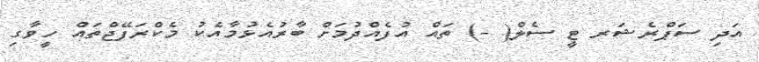
އަދި ސަޕްރެޝަރ ޓީ ސެލް( -) ތައް އުފެއްދުމަށް ބާރުއެޅުމާއެކު މެކްރަފޭޖްތައް ހީވާގި